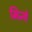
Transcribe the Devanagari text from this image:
मिन्ये